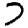
Digit: 7